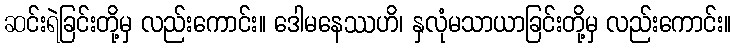
ဆင်းရဲခြင်းတို့မှ လည်းကောင်း။ ဒေါမနေဿဟိ၊ နှလုံမသာယာခြင်းတို့မှ လည်းကောင်း။